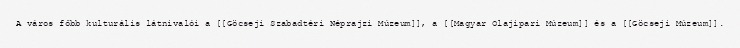
A város főbb kulturális látnivalói a [[Göcseji Szabadtéri Néprajzi Múzeum]], a [[Magyar Olajipari Múzeum]] és a [[Göcseji Múzeum]].